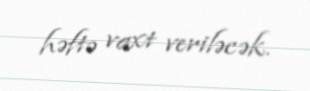
həftə vaxt veriləcək.